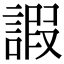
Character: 𧪕